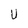
Character: U